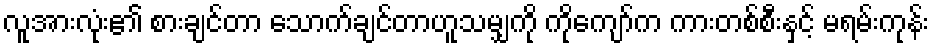
လူအားလုံး၏ စားချင်တာ သောက်ချင်တာဟူသမျှကို ကိုကျော်က ကားတစ်စီးနှင့် မရမ်းကုန်း